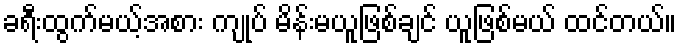
ခရီးထွက်မယ့်အစား ကျုပ် မိန်းမယူဖြစ်ချင် ယူဖြစ်မယ် ထင်တယ်။